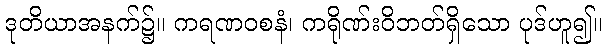
ဒုတိယာအနက်၌။ ကရဏဝစနံ၊ ကရိုဏ်းဝိဘတ်ရှိသော ပုဒ်ဟူ၍။